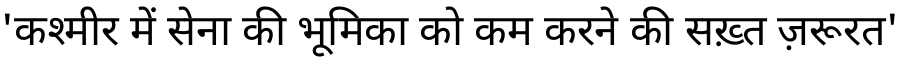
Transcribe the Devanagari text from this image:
'कश्मीर में सेना की भूमिका को कम करने की सख़्त ज़रूरत'